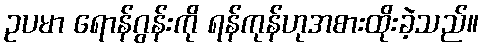
ဥပမာ ရောန်ဂွန်းကို ရန်ကုန်ဟုအစားထိုးခဲ့သည်။